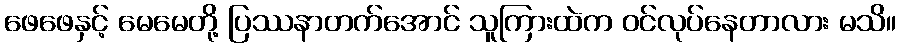
ဖေဖေနှင့် မေမေတို့ ပြဿနာတက်အောင် သူကြားထဲက ဝင်လုပ်နေတာလား မသိ။